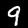
Label: 9